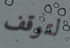
لتوقف